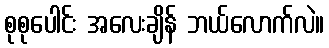
စုစုပေါင်း အလေးချိန် ဘယ်လောက်လဲ။